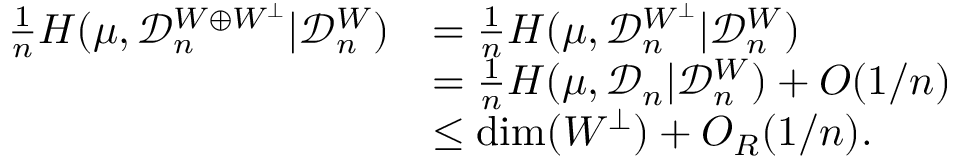
\begin{array} { r l } { \frac { 1 } { n } H ( \mu , { \mathcal D } _ { n } ^ { W \oplus W ^ { \perp } } | { \mathcal D } _ { n } ^ { W } ) } & { = \frac { 1 } { n } H ( \mu , { \mathcal D } _ { n } ^ { W ^ { \perp } } | { \mathcal D } _ { n } ^ { W } ) } \\ & { = \frac { 1 } { n } H ( \mu , { \mathcal D } _ { n } | { \mathcal D } _ { n } ^ { W } ) + O ( 1 / n ) } \\ & { \leq \dim ( W ^ { \perp } ) + O _ { R } ( 1 / n ) . } \end{array}